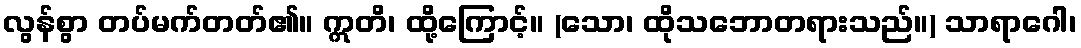
လွန်စွာ တပ်မက်တတ်၏။ ဣတိ၊ ထို့ကြောင့်။ (သော၊ ထိုသဘောတရားသည်။) သာရာဂေါ၊